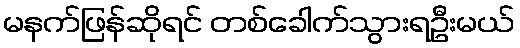
မနက်ဖြန်ဆိုရင် တစ်ခေါက်သွားရဦးမယ်